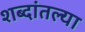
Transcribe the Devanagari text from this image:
शब्दांतल्या